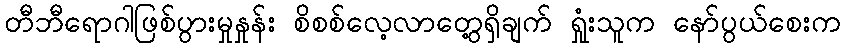
တီဘီရောဂါဖြစ်ပွားမှုနှုန်း စိစစ်လေ့လာတွေ့ရှိချက် ရှုံးသူက နော်ပွယ်စေးက